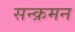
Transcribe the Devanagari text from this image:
सन्क्रमन